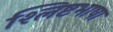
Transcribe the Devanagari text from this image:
श्लिष्टभाषा